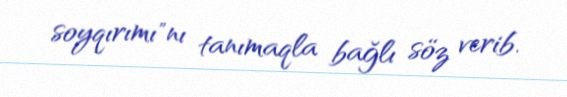
soyqırımı"nı tanımaqla bağlı söz verib.